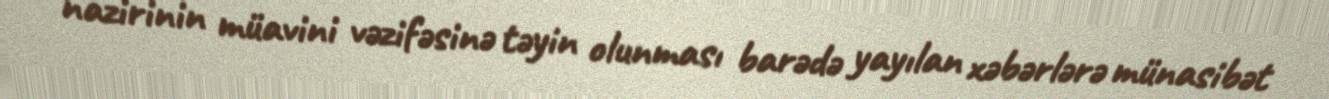
nazirinin müavini vəzifəsinə təyin olunması barədə yayılan xəbərlərə münasibət